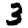
Digit: 3